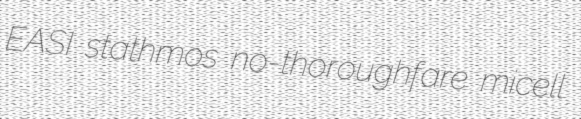
EASI stathmos no-thoroughfare micell